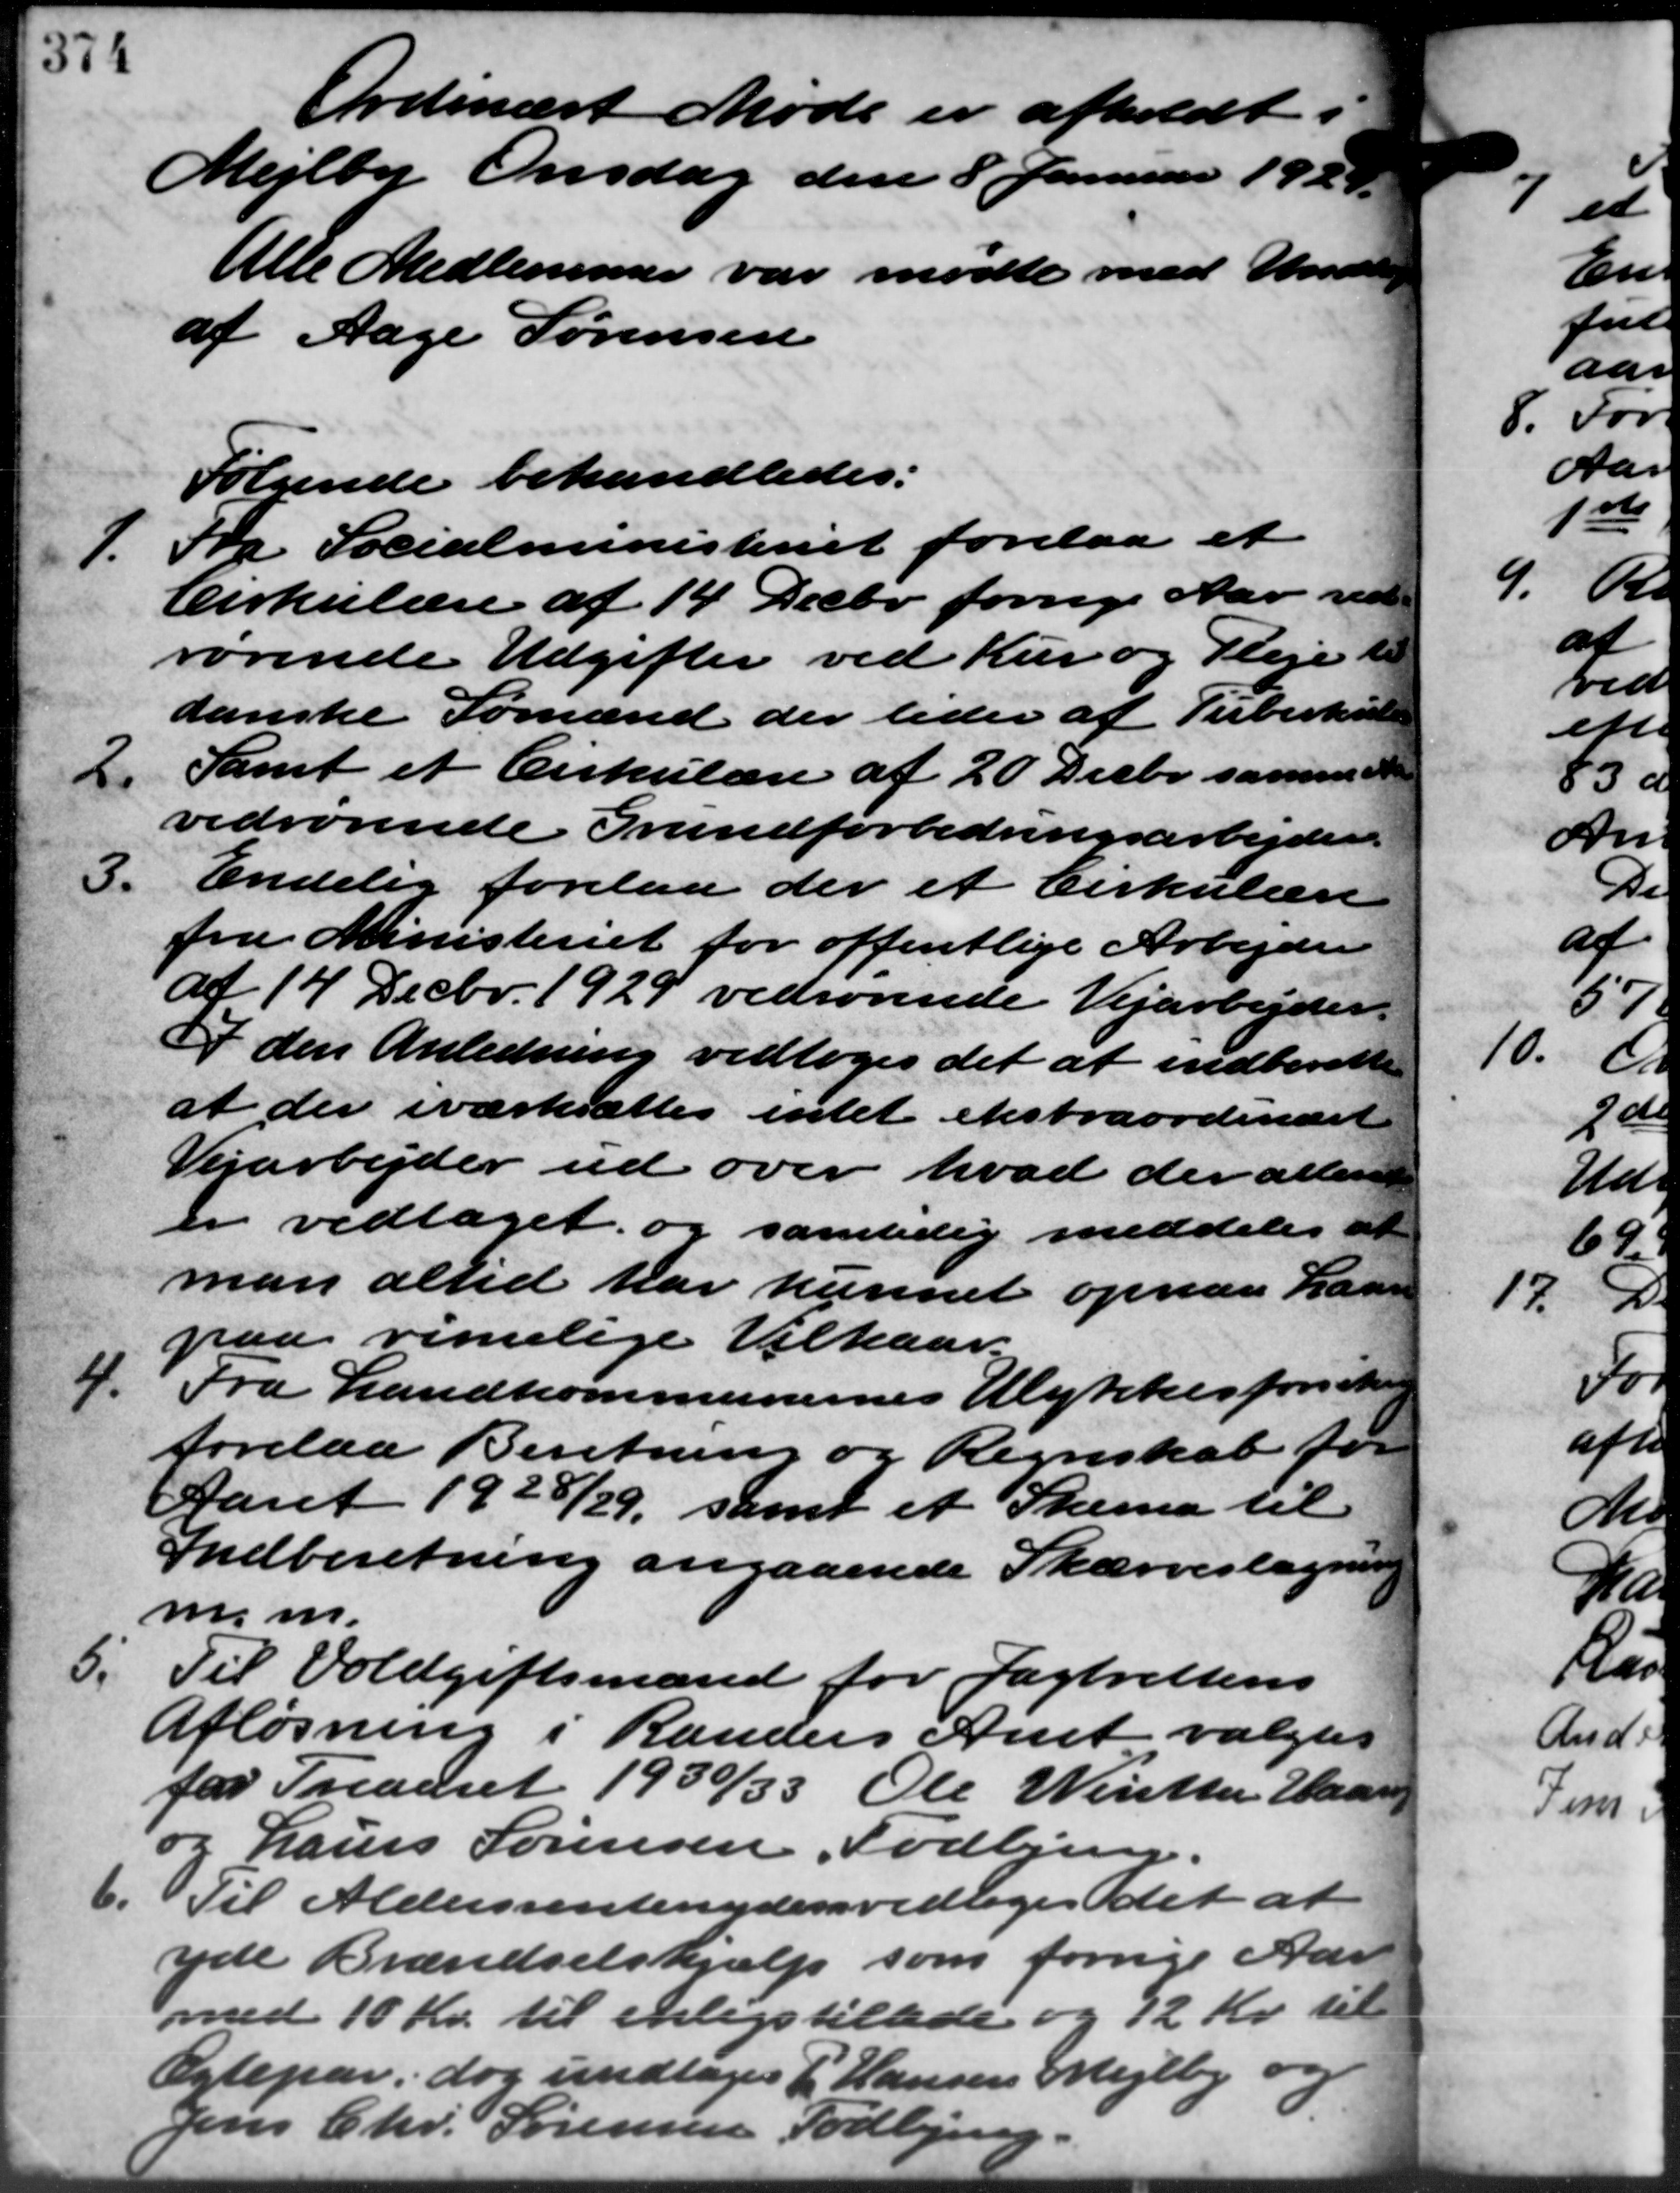
Transskription:
Ordinært Møde er afholdt
Mejlby Onsdag den 8 Januar 1929.
Alle Medlemmer var mødte med Underling
af Aage Sørensen
Følgende behandledes:
1. Fra Socialministeriet forelaa et
1. Fra Socialministeriet forelaa et
Cirkulære af 14 Decbr forrige Aar ved-
rørende Udgifter ved Kur og Pleje til
danske Sømand der leder af Tuberkulære
Samt et Cirkulære af 20 Decbr. samme A
2.
vedrørende Grundforbedringsarbejder.
3.
Endelig forelaa der et Cirkulære
fra Ministeriet for offentlige Arbejder
af 14 Decbr. 1929 vedrørende Vejarbejder.
I den Anledning vedtoges det at indberette
at der iværksættes intet ekstraordinært
Vejarbejder ud over hvad der allen
er vedtaget og samtidig meddeles at
man altid har kunnet opnaa Laan
paa rimelige Vilkaar
4.
Fra Landkommunernes Ulykkesforsikrin
forelaa Beretning og Regnskab for
Aaret 1928/29 samt et Skema til
Indberetning angaaende Skærveslagning
m.m.
5.
Til Voldgiftsmænd for Jagtrettens
Afløsning i Randers Amt valgtes
for Treaaret 1930/33 Ole Winthe Haar
og Laurs Sørensen, Todbjerg
6. Til Aldersrentenyders vedtoges det at
6. Til Aldersrentenyders vedtoges det at
yde Brændselshjælp som forrige Aar
med 10 Kr. til enligstillede og 12 Kr. til
Ægtepar, dog undtages P. Hansen Mejlby og
Jens Chr. Sørensen Todbjerg